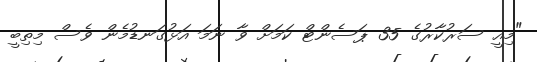
"މިއީ ސަރުކާރުގެ 35 ޕަސެންޓް ކަމަށް ވާ ނަމަ އަޅުގަނޑުމެން ވެސް މިތިބީ